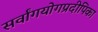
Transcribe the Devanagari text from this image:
सर्वांगयोगप्रदीपिका